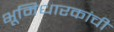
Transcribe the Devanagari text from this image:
भूमिधारकांची